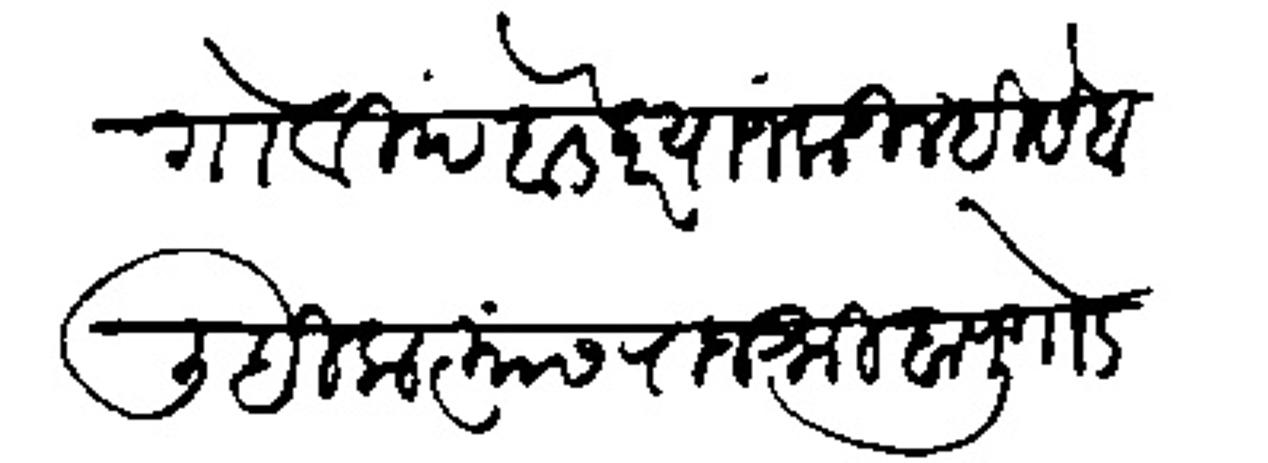
Transliteration (Devanagari): गोविंद बेडेंकर यांजकडील हिसेब लिहिला त्यांस राजश्री बापू गोडबोले